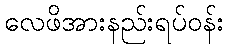
လေဖိအားနည်းရပ်ဝန်း